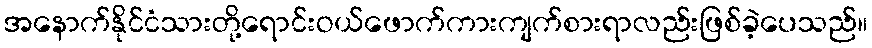
အနောက်နိုင်ငံသားတို့ရောင်းဝယ်ဖောက်ကားကျက်စားရာလည်းဖြစ်ခဲ့ပေသည်။